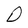
Character: D